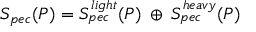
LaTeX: S _ { p e c } ( P ) = S _ { p e c } ^ { l i g h t } ( P ) \: \oplus \: S _ { p e c } ^ { h e a v y } ( P )